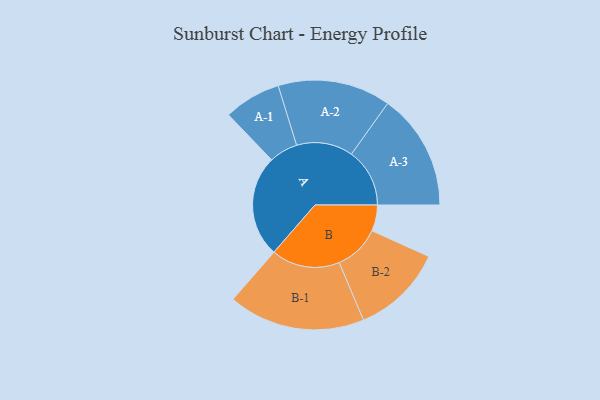
{"axis": {"x": "Segment", "y": "Value"}, "legend": ["", "A", "B"], "data": [{"x": "A", "y": 442, "type": ""}, {"x": "B", "y": 113, "type": ""}, {"x": "A-1", "y": 124, "type": "A"}, {"x": "A-2", "y": 245, "type": "A"}, {"x": "A-3", "y": 253, "type": "A"}, {"x": "B-1", "y": 297, "type": "B"}, {"x": "B-2", "y": 199, "type": "B"}]}